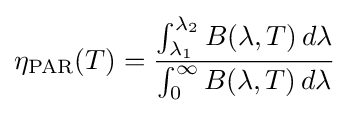
\eta _{\mathrm {PAR} }(T)={\frac {\int _{\lambda _{1}}^{\lambda _{2}}B(\lambda ,T)\,d\lambda }{\int _{0}^{\infty }B(\lambda ,T)\,d\lambda }}